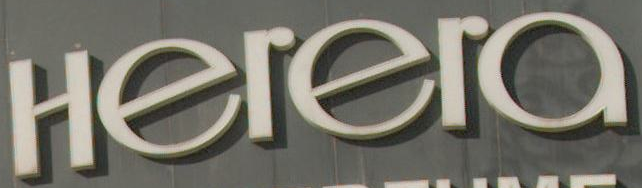
Herera